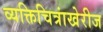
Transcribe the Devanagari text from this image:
व्यक्तिचित्रांखेरीज